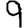
Digit: 9